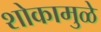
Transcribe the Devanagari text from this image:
शोकामुळे